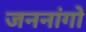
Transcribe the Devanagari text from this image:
जननांगो